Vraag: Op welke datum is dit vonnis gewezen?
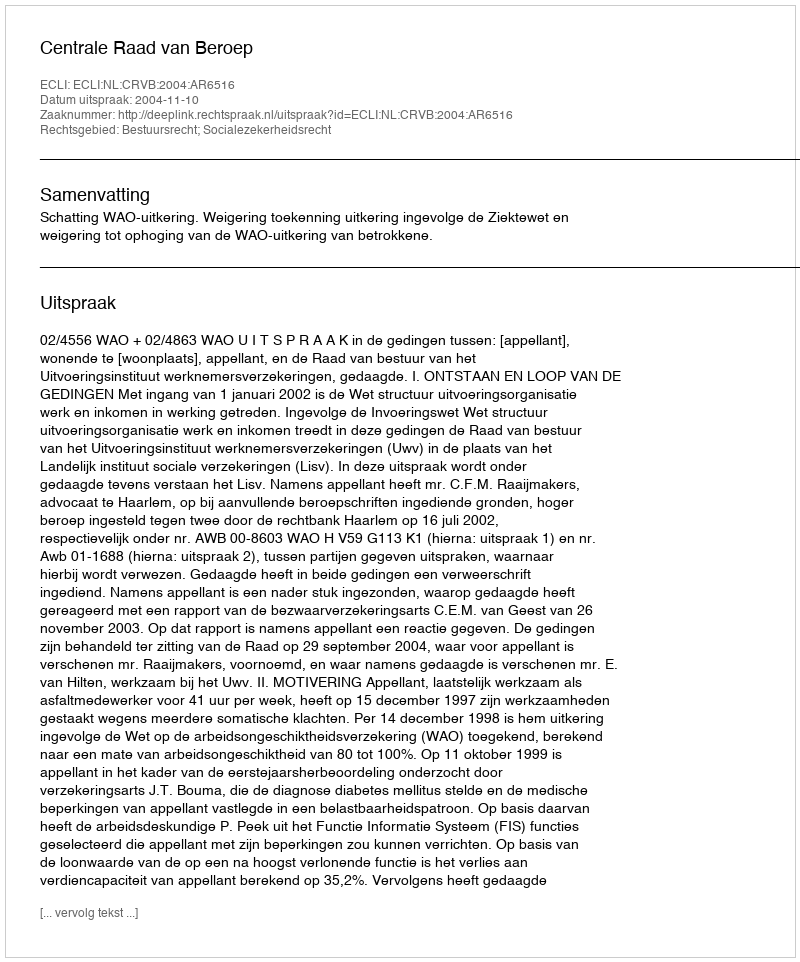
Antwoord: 2004-11-10